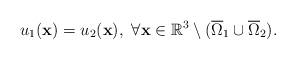
LaTeX: \begin{align*} u_1(\mathbf x)=u_2(\mathbf x),\ \forall \mathbf x \in \mathbb R^3\setminus(\overline{\Omega}_1\cup \overline{\Omega}_2). \end{align*}